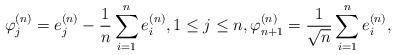
LaTeX: \begin{align*}\varphi_j^{(n)}={e}_j^{(n)}-\frac{1}{n}\sum_{i=1}^{n}{e}_i^{(n)}, 1\leq{j}\leq{n}, \varphi_{n+1}^{(n)}=\frac{1}{\sqrt{n}}\sum_{i=1}^{n}{e}_i^{(n)},\end{align*}